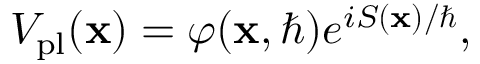
\begin{array} { r } { V _ { \mathrm { p l } } ( \mathbf { x } ) = \varphi ( \mathbf { x } , \hbar ) e ^ { i S ( \mathbf { x } ) / \hbar } , } \end{array}